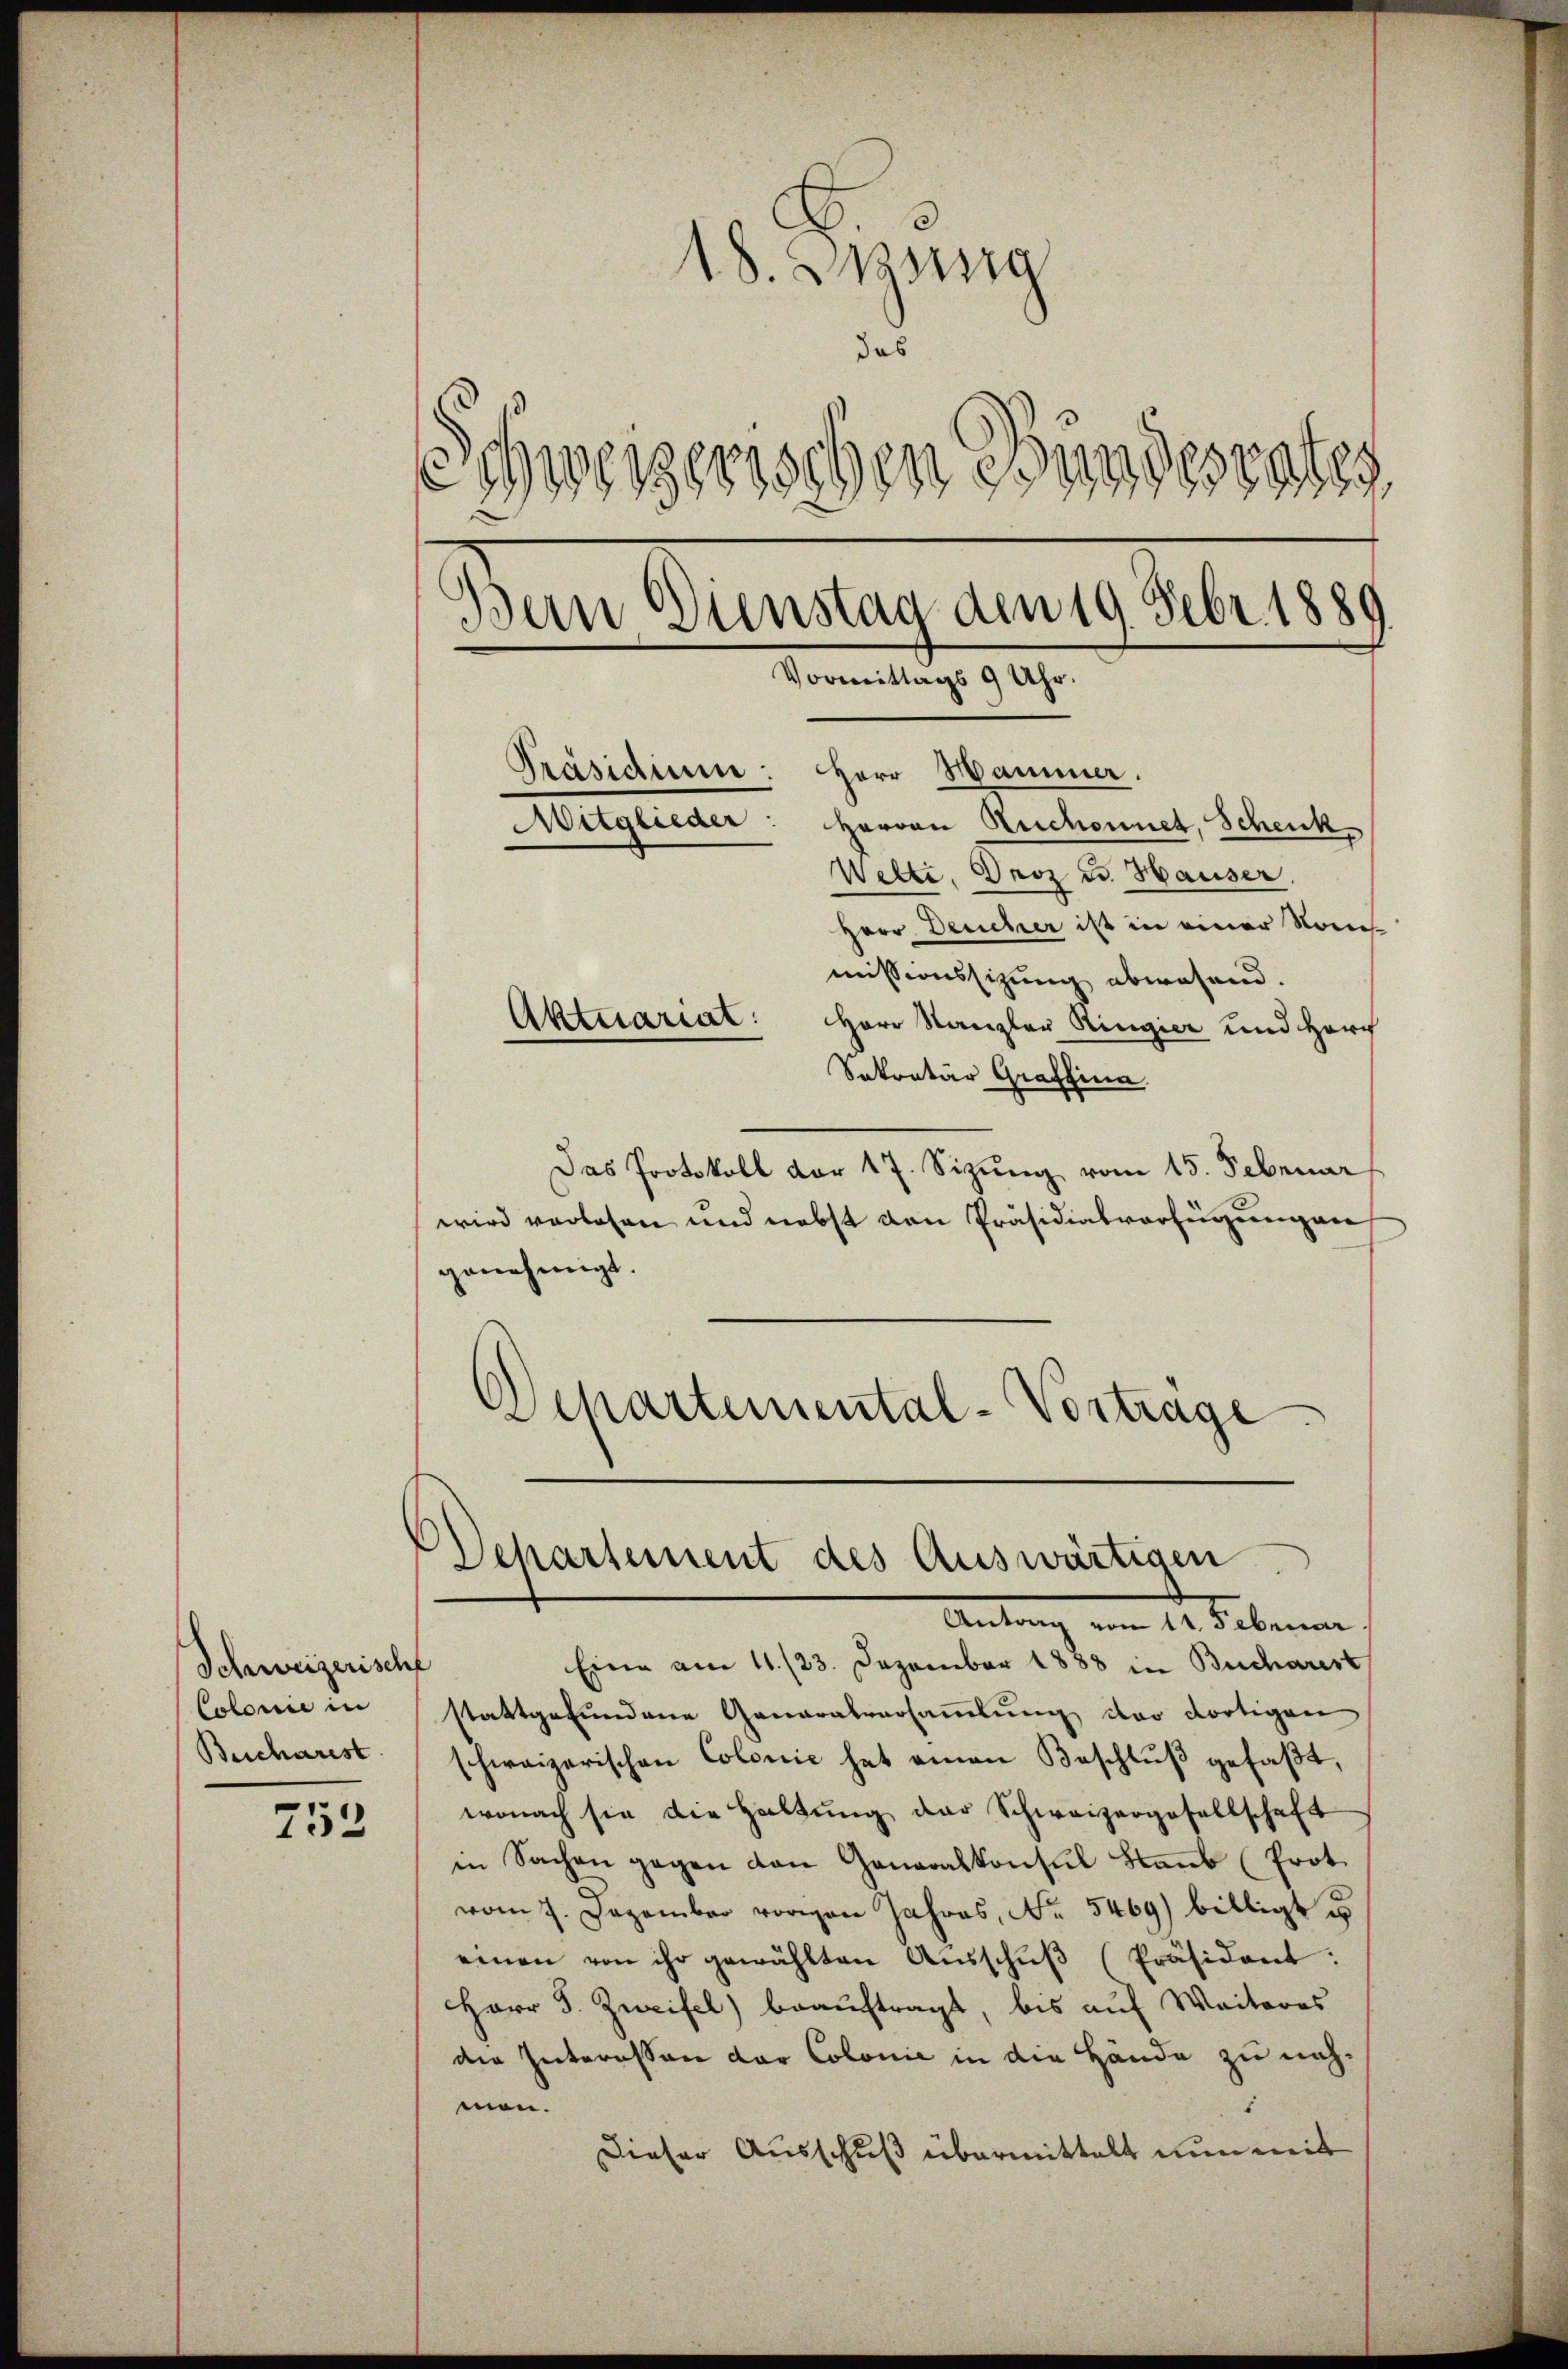
752

Schweizerischf
Colonie in
Bucharest

18. Mang
das
Schweizerischen Bundesrates
Ban Dienstag den 19. Febr. 1880
Vormittags 9 Uhr.
Präsidium: Herr Hammer.
Mitglieder
Herren Ruchonnet, Schenk
Welti, Droz u. Hauser

Herr Deucher ist in einer Nomimissionssitzung abwesend.
Aktuariat: Herr Kanzler Ringier und Herr
Sekretär Graffina
Das Protokoll der 17. Sizung vom 15. Februar
wird verlesen und nebst von Präsidialverfügungen
genehmigt.
Departemental-Vortrage

Departement des Auswärtigen
Antrag vom 12. Sebenen

Eine am 11./23. Dezember 1888 Bucharest
stattgefundene Generalversammlung der dortigen
schweizerischen Colonie hat einen Beschluß gefaßt,
wonach sie die Haltŭng der Schweizergesellschaft
in Sachen gegen von Generalkonsul Blaŭb (Prot.
vom 7. Dezember von Jahres, No. 5469) billigt u
einen von ihr gewählten Aŭsschŭβ (Präsident:
Herr J. Zweifel beauftragt, bis auf Weiteres
die Interessen der Colonie in die Hände zu nahman.
5
Dieser Ausschuß übermittelt nun mit